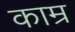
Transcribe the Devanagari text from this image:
काम्र